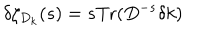
\delta \zeta _ { D _ { k } } ( s ) = s \mathrm { T r } ( D ^ { - s } \delta k )